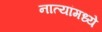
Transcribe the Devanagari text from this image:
नात्यांमध्ये